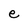
Character: e